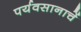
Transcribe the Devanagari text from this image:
पर्यवसानाचें